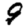
Digit: 9